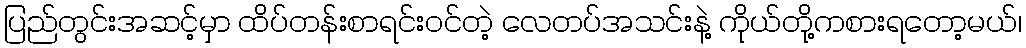
ပြည်တွင်းအဆင့်မှာ ထိပ်တန်းစာရင်းဝင်တဲ့ လေတပ်အသင်းနဲ့ ကိုယ်တို့ကစားရတော့မယ်၊